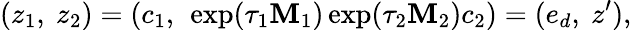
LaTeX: (z_{1},\ z_{2})=(c_{1},\ \exp(\tau_{1}\mathbf{M}_{1})\exp(\tau_{2}\mathbf{M}_{2})c_{2})=(e_{d},\ z^{\prime}),